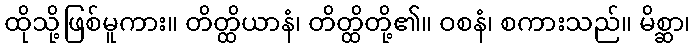
ထိုသို့ဖြစ်မူကား။ တိတ္ထိယာနံ၊ တိတ္ထိတို့၏။ ဝစနံ၊ စကားသည်။ မိစ္ဆာ၊